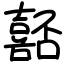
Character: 嚭